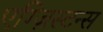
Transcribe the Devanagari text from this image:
एग्ज़िस्टन्स